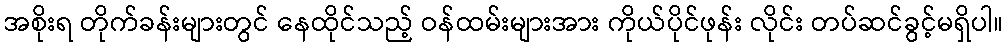
အစိုးရ တိုက်ခန်းများတွင် နေထိုင်သည့် ဝန်ထမ်းများအား ကိုယ်ပိုင်ဖုန်း လိုင်း တပ်ဆင်ခွင့်မရှိပါ။